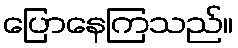
ပြောနေကြသည်။